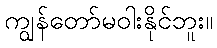
ကျွန်တော်မဝါးနိုင်ဘူး။